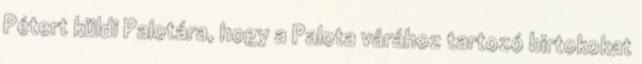
Pétert küldi Palotára, hogy a Palota várához tartozó birtokokat